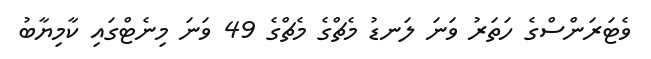
ވެޓަރަންސްގެ ހަތަރު ވަނަ ލަނޑު މެޗްގެ މެޗްގެ 49 ވަނަ މިނެޓްގައި ކާމިޔާބު